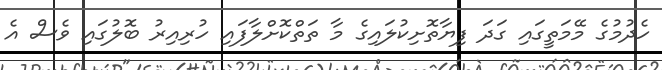
ހެދުމުގެ މޭމަތީގައި ގަދަ ފިޔާތޮށިކުލައިގެ މާ ތަތްކޮށްލާފައި ހުރިއިރު ބޮލުގައި ވެސް އެ